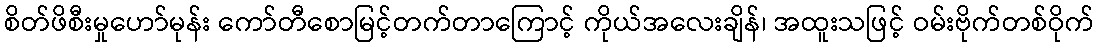
စိတ်ဖိစီးမှုဟော်မုန်း ကော်တီစောမြင့်တက်တာကြောင့် ကိုယ်အလေးချိန်၊ အထူးသဖြင့် ဝမ်းဗိုက်တစ်ဝိုက်